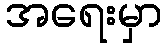
အရေးမှာ